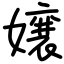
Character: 嬢